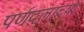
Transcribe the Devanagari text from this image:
पर्णदलाच्या